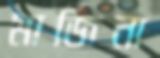
মার্জিনা